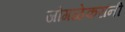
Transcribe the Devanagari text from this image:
जोगळेकरांनी